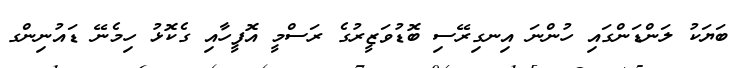
ބަޔަކު ލަންޑަންގައި ހުންނަ އިނގިރޭސި ބޮޑުވަޒީރުގެ ރަސްމީ އޮފީހާއި ގެކޮޅު ހިމެނޭ ޑައުނިންގ